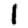
Digit: 1